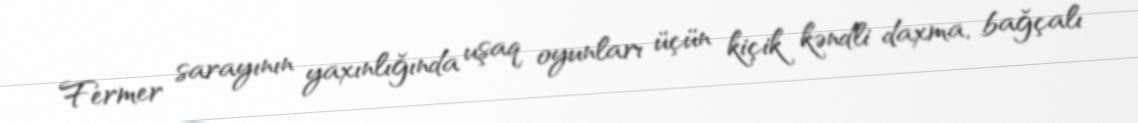
Fermer sarayının yaxınlığında uşaq oyunları üçün kiçik kəndli daxma, bağçalı